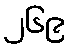
၂၆၉